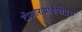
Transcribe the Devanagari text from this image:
टीआरआईपीएस